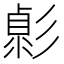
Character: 𢒭